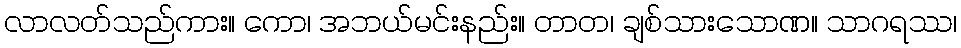
လာလတ်သည်ကား။ ကော၊ အဘယ်မင်းနည်း။ တာတ၊ ချစ်သားသောဏ။ သာဂရဿ၊